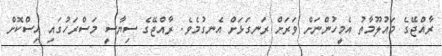
ރާއްޖޭގެ މައުލޫމާތު އެމީހުންނަށް ވަރަށް ރަނގަޅަށް އެނގުމެވެ. ރާއްޖޭގެ ސިޔާސީ މަސްރަހުގައި އިސްކޮށް